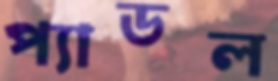
প্যাডল